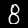
Digit: 8